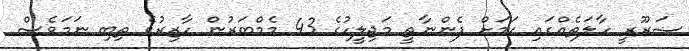
ޟަރޫރީ ހާލަތެއްގައި ކަމަށް ފެންނާތީ މަޖިލީހުގެ 43 މެމްބަރުން ހާޒިރުވެ ތިބި ނަމަވެސް